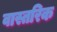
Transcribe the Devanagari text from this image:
वास्तरिक